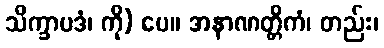
သိက္ခာပဒံ၊ ကို) ပေ။ အနာဏတ္တိကံ၊ တည်း၊